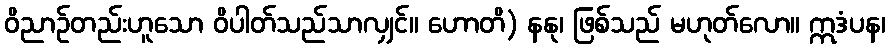
ဝိညာဉ်တည်းဟူသော ဝိပါတ်သည်သာလျှင်။ ဟောတိ) နနု၊ ဖြစ်သည် မဟုတ်လော။ ဣဒံပန၊